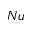
N u